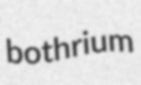
bothrium